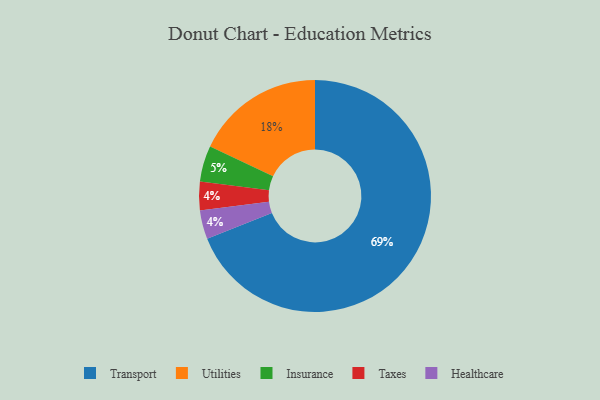
{"axis": {"x": "Category", "y": "Percentage"}, "legend": ["Healthcare", "Insurance", "Taxes", "Transport", "Utilities"], "data": [{"x": "Taxes", "y": 4, "type": "Taxes"}, {"x": "Insurance", "y": 5, "type": "Insurance"}, {"x": "Transport", "y": 69, "type": "Transport"}, {"x": "Healthcare", "y": 4, "type": "Healthcare"}, {"x": "Utilities", "y": 18, "type": "Utilities"}]}